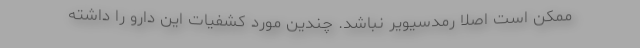
ممکن است اصلا رمدسیویر نباشد. چندین مورد کشفیات این دارو را داشته